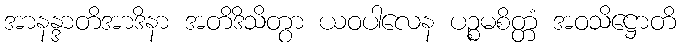
အာနန္ဒာတိအာဒိနာ အတိဒိသိတွာ ယဝပါလေန ပဉ္စမစိတ္တံ အဝသိဋ္ဌောတိ